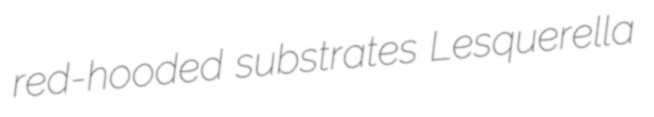
red-hooded substrates Lesquerella